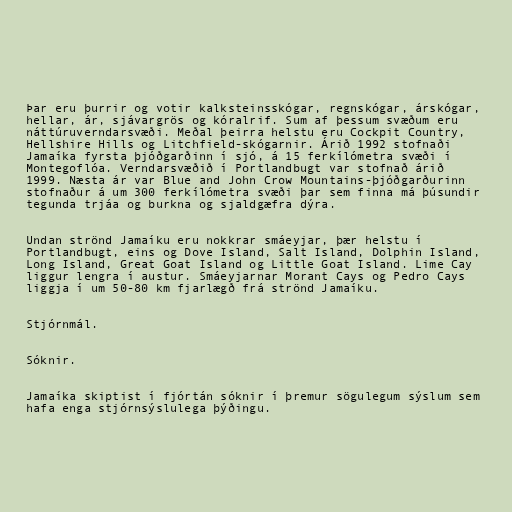
Þar eru þurrir og votir kalksteinsskógar, regnskógar, árskógar,
hellar, ár, sjávargrös og kóralrif. Sum af þessum svæðum eru
náttúruverndarsvæði. Meðal þeirra helstu eru Cockpit Country,
Hellshire Hills og Litchfield-skógarnir. Árið 1992 stofnaði
Jamaíka fyrsta þjóðgarðinn í sjó, á 15 ferkílómetra svæði í
Montegoflóa. Verndarsvæðið í Portlandbugt var stofnað árið
1999. Næsta ár var Blue and John Crow Mountains-þjóðgarðurinn
stofnaður á um 300 ferkílómetra svæði þar sem finna má þúsundir
tegunda trjáa og burkna og sjaldgæfra dýra.

Undan strönd Jamaíku eru nokkrar smáeyjar, þær helstu í
Portlandbugt, eins og Dove Island, Salt Island, Dolphin Island,
Long Island, Great Goat Island og Little Goat Island. Lime Cay
liggur lengra í austur. Smáeyjarnar Morant Cays og Pedro Cays
liggja í um 50-80 km fjarlægð frá strönd Jamaíku.

Stjórnmál.

Sóknir.

Jamaíka skiptist í fjórtán sóknir í þremur sögulegum sýslum sem
hafa enga stjórnsýslulega þýðingu.